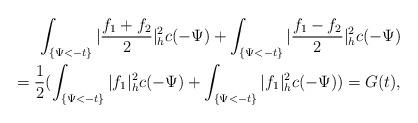
LaTeX: \begin{align*}\int_{\{\Psi<-t\}}|\frac{f_1+f_2}{2}|^2_hc(-\Psi)+\int_{\{\Psi<-t\}}|\frac{f_1-f_2}{2}|^2_hc(-\Psi)\\=\frac{1}{2}(\int_{\{\Psi<-t\}}|f_1|^2_hc(-\Psi)+\int_{\{\Psi<-t\}}|f_1|^2_hc(-\Psi))=G(t),\end{align*}